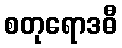
စတုရောဒဓီ